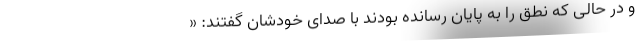
و در حالی که نطق را به پایان رسانده بودند با صدای خودشان گفتند: «